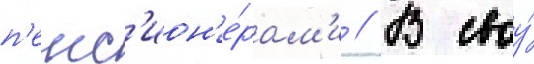
п'енс'ион'е́рам'и // В своу́